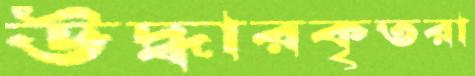
উদ্ধারকৃতরা